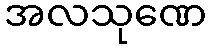
အလသုဏေ